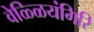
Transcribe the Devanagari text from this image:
वेळ्ळियंगिरि